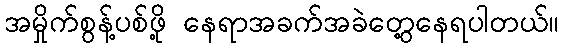
အမှိုက်စွန့်ပစ်ဖို့ နေရာအခက်အခဲတွေ့နေရပါတယ်။